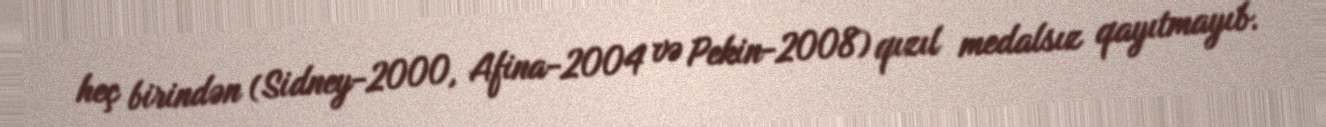
heç birindən (Sidney-2000, Afina-2004 və Pekin-2008) qızıl medalsız qayıtmayıb.